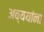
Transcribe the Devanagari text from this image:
अव्ययांना